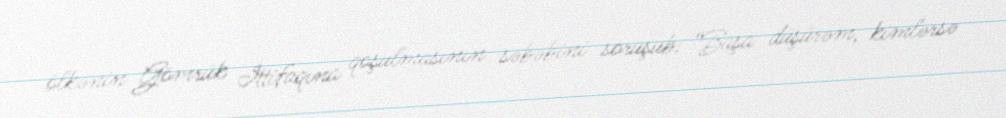
ölkənin Gömrük İttifaqına qoşulmasının səbəbini soruşub: “Başa düşürəm, kimlərsə